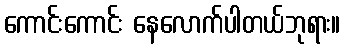
ကောင်းကောင်း နေလောက်ပါတယ်ဘုရား။